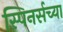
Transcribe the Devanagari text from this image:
स्पिनर्सच्या